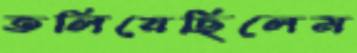
তলিয়েছিলেম